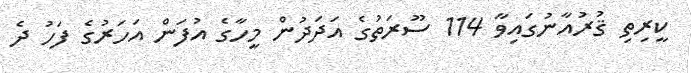
ކީރިތި ޤުރުއާނުގައިވާ 114 ސޫރަތުގެ އަދަދުން މީހާގެ އުފަން އަހަރުގެ ފަހު ދެ